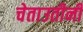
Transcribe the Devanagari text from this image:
चेताउतीनी